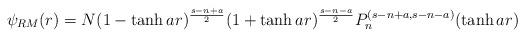
LaTeX: \begin{align*}\psi_{RM}(r)=N(1-\tanh{ar})^{\frac{s-n+a}{2}}(1+\tanh{ar})^{\frac{s-n-a}{2}}P_n^{(s-n+a,s-n-a)}(\tanh{ar})\end{align*}